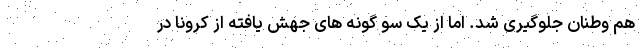
هم وطنان جلوگیری شد. اما از یک سو گونه های جهش یافته از کرونا در